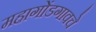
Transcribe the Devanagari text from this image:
महागोंडगावचे